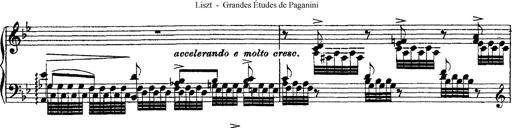
Title: Grandes Ã©tudes de Paganini
Composer: Franz Liszt